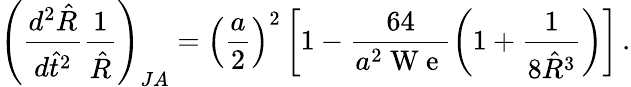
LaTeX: \left(\frac{d^{2}\hat{R}}{d\hat{t}^{2}}\frac{1}{\hat{R}}\right)_{JA}=\left(\frac{a}{2}\right)^{2}\left[1-\frac{64}{a^{2}\mathrm{~W~e~}}\left(1+\frac{1}{8\hat{R}^{3}}\right)\right]\, .